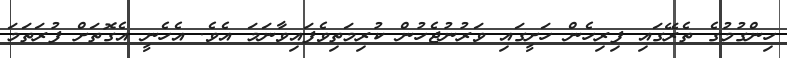
ހިންގުމުގެ ތެރޭގައި ފިރިހެން ހަށީގައި ވަރުނުޖެހުން ކުރިމަތިވެފައިވާނަމަ އެވެ. އެހެނީ އެގޮތަށް ފުރަތަމަ